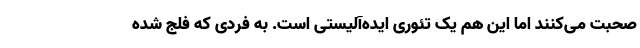
صحبت می‌کنند اما این هم یک تئوری ایده‌آلیستی است. به فردی که فلج شده